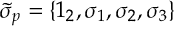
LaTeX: \widetilde { \sigma } _ { p } = \left\{ 1 _ { 2 } , \sigma _ { 1 } , \sigma _ { 2 } , \sigma _ { 3 } \right\}